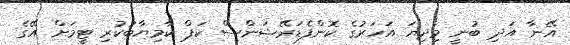
އޭނާ އަދި ބުނީ މިދިޔަ އަހަރުގެ ކޮންފެޑަރޭޝަންސް ކަޕް ކާމިޔާބުކުރި ޓީމަށް އޭގެ